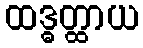
ထဒ္ဓတ္ထာယ